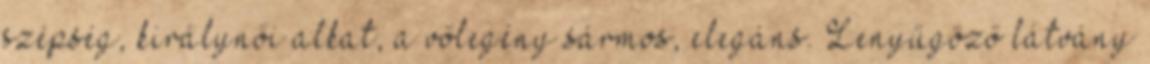
szépség, királynői alkat, a vőlegény sármos, elegáns. Lenyűgöző látvány